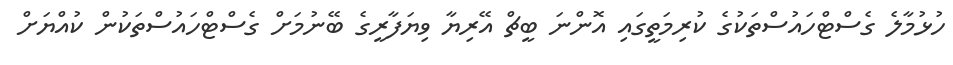
ހުޅުމާލެ ގެސްޓްހައުސްތަކުގެ ކުރިމަތީގައި އޮންނަ ބީޗް އޭރިޔާ ވިޔަފާރީގެ ބޭނުމަށް ގެސްޓްހައުސްތަކުން ކުއްޔަށް